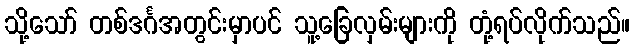
သို့သော် တစ်ဒင်္ဂအတွင်းမှာပင် သူ့ခြေလှမ်းများကို တုံ့ရပ်လိုက်သည်။